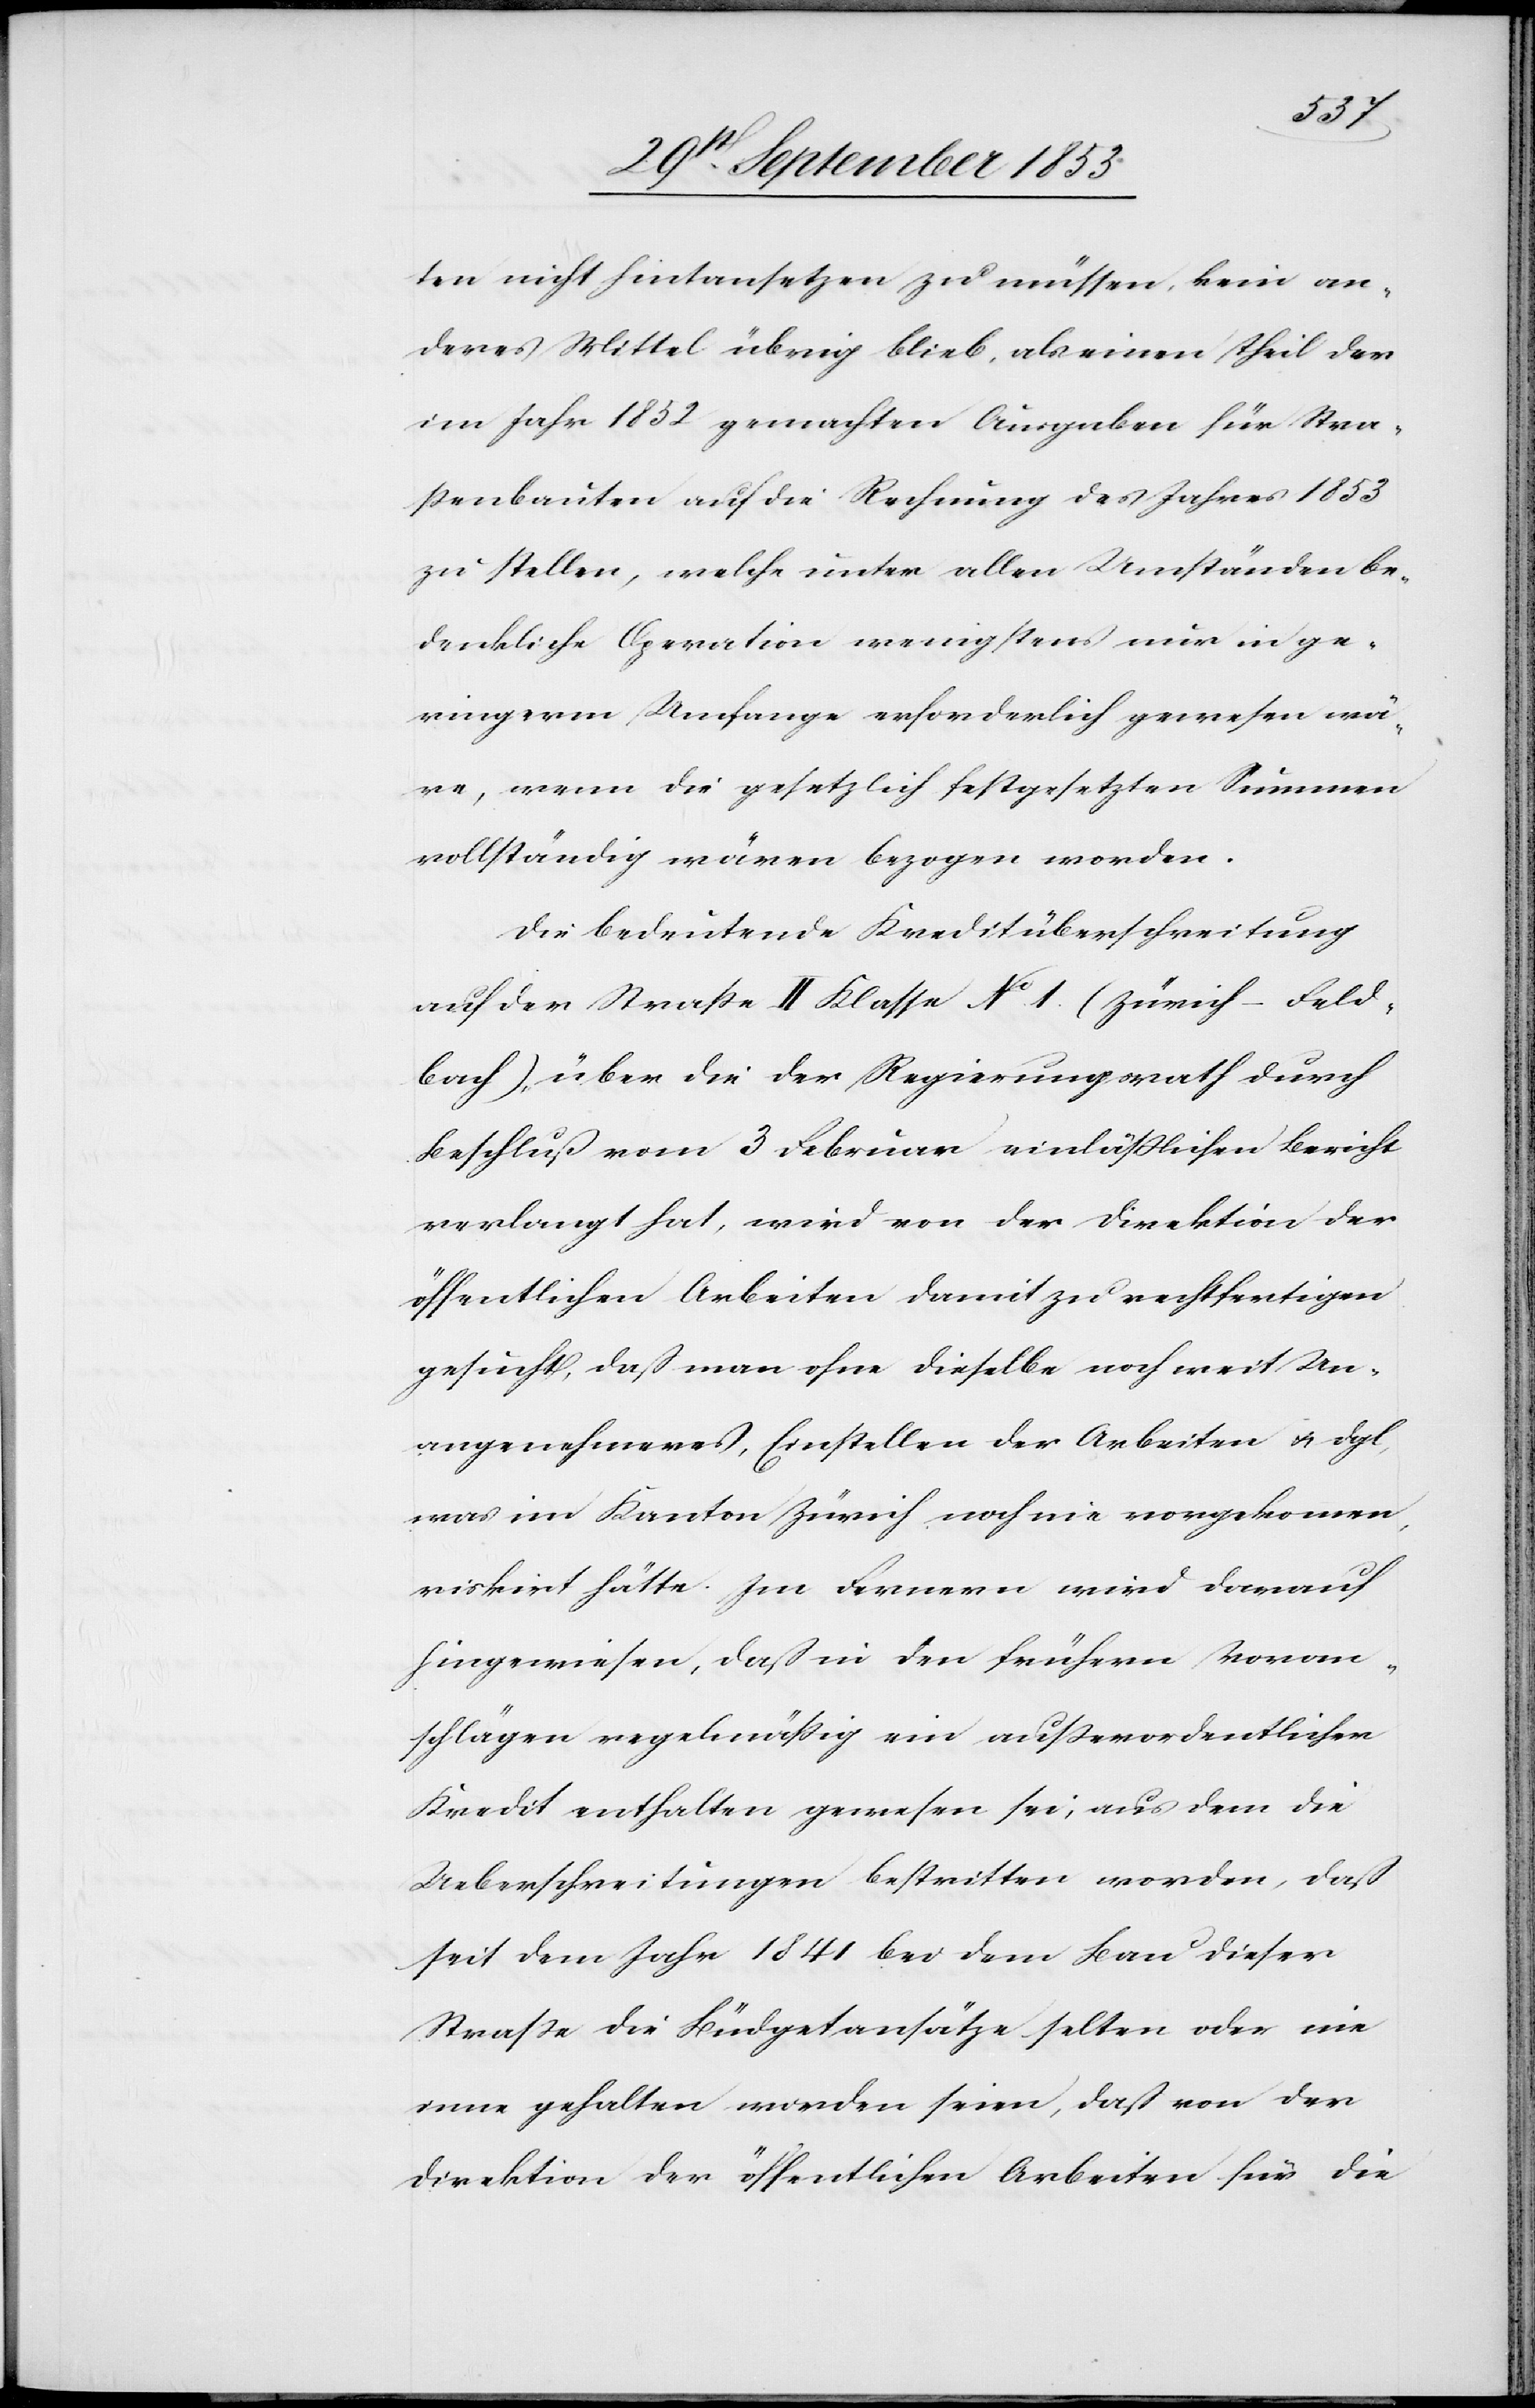
ten nicht hintansetzen zu müssen, kein an¬
deres Mittel übrig blieb, als einen Theil der
im Jahr 1852 gemachten Ausgaben für Stra¬
ßenbauten auf die Rechnung des Jahres 1853
zu stellen, welche unter allen Umständen be¬
denkliche Operation wenigstens nur in ge¬
ringerm Umfange erforderlich gewesen wä¬
re, wenn die gesetzlich festgesetzten Summen
vollständig wären bezogen worden.
Die bedeutende Kreditüberschreitung
auf der Straße II Klasse N° 1. (Zürich–Feld¬
bach), über die der Regierungsrath durch
Beschluß vom 3 Februar einläßlichen Bericht
verlangt hat, wird von der Direktion der
öffentlichen Arbeiten damit zu rechtfertigen
gesucht, daß man ohne dieselbe noch weit Un¬
angenehmeres, Einstellen der Arbeiten u. dgl,
was im Kanton Zürich noch nie vorgekommen,
riskirt hätte. Im Fernern wird darauf
hingewiesen, daß in den frühern Voran¬
schlägen regelmäßig ein außerordentlicher
Kredit enthalten gewesen sei, aus dem die
Ueberschreitungen bestritten worden, daß
seit dem Jahr 1841 bei dem Bau dieser
Straße die Büdgetansätze selten oder nie
inne gehalten worden seien, daß von der
Direktion der öffentlichen Arbeiten für die